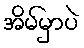
အိမ်မှာပဲ